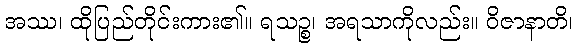
အဿ၊ ထိုပြည်တိုင်းကား၏။ ရသဉ္စ၊ အရသာကိုလည်း။ ဝိဇာနာတိ၊